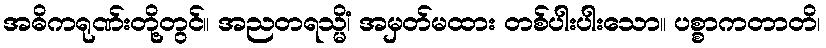
အဓိကရုဏ်းတို့တွင်။ အညတရသ္မိံ၊ အမှတ်မထား တစ်ပါးပါးသော။ ပစ္စာကတာတိ၊